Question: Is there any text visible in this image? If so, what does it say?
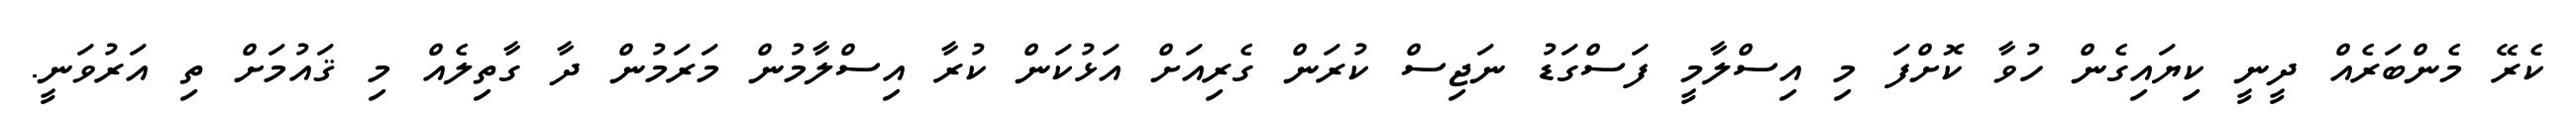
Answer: ކެރޭ މެންބަރެއް ދީނީ ކިޔައިގެން ހުވާ ކޮށްފަ މި އިސްލާމީ ފަސްގަޑު ނަޖިސް ކުރަން ގެރިއަށް އަޅުކަން ކުރާ އިސްލާމުން މަރަމުން ދާ ގާތިލެއް މި ޤައުމަށް ތި އަރުވަނީ.